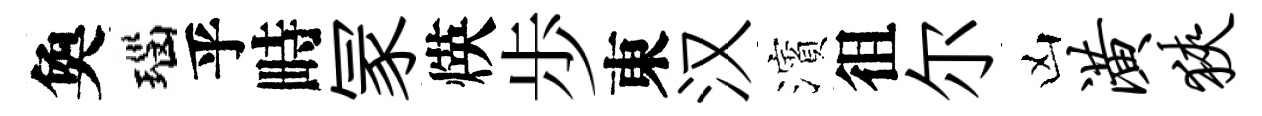
奐瑙乎畤冡煐歩東汉濱徂尔凶潢狭